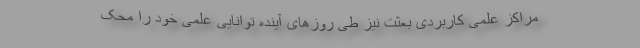
مراکز علمی کاربردی بعثت نیز طی روزهای آینده توانایی علمی خود را محک